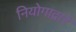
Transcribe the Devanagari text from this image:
नियोगाद्वारे